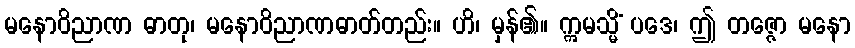
မနောဝိညာဏ ဓာတု၊ မနောဝိညာဏဓာတ်တည်း။ ဟိ၊ မှန်၏။ ဣမသ္မိံ ပဒေ၊ ဤ တဇ္ဇော မနော